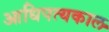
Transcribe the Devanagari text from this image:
आधिपत्यकाल